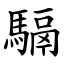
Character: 䮥